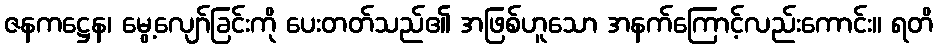
ဇနကဋ္ဌေန၊ မွေ့လျော်ခြင်းကို ပေးတတ်သည်၏ အဖြစ်ဟူသော အနက်ကြောင့်လည်းကောင်း။ ရတိ